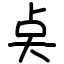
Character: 奌